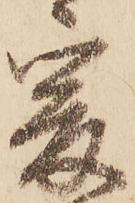
爰